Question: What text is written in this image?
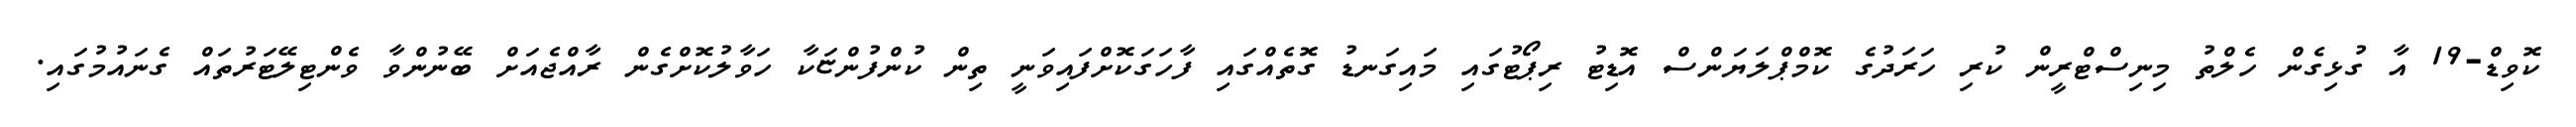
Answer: ކޮވިޑް-19 އާ ގުޅިގެން ހެލްތު މިނިސްޓްރީން ކުރި ހަރަދުގެ ކޮމްޕްލަޔަންސް އޮޑިޓު ރިޕޯޓުގައި މައިގަނޑު ގޮތެއްގައި ފާހަގަކޮށްފައިވަނީ ތިން ކުންފުންޏަކާ ހަވާލުކޮށްގެން ރާއްޖެއަށް ބޭނުންވާ ވެންޓިލޭޓަރުތައް ގެނައުމުގައި.